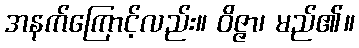
အနက်ကြောင့်လည်း။ ဝိဇ္ဇာ၊ မည်၏။